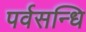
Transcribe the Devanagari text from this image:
पर्वसन्धि